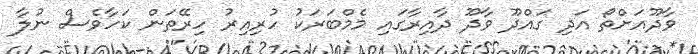
ވާދޫއަށްތޯ އަދި ގައްދޫ ވާދޫ ދާއިރާގައި މެމްބަރަކު ހުރިއިރު ހިރޭތަން ކަހާވެސް ނުލާ